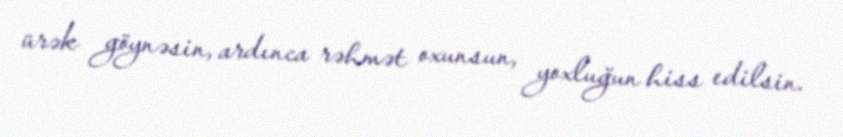
ürək göynəsin, ardınca rəhmət oxunsun, yoxluğun hiss edilsin.